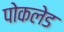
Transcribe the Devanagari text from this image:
पोकलेड